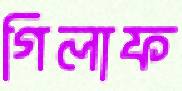
গিলাফ